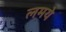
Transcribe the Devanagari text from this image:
लमये